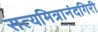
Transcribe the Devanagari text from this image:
सत्यमित्रानंदगिरी